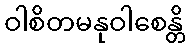
ဝါစိတမနုဝါစေန္တိ